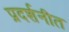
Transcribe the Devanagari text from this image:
प्रदर्शनीत